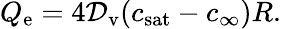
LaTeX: Q_{\mathrm{e}}=4\mathcal{D}_{\mathrm{v}}(c_{\mathrm{sat}}-c_{\infty})R.